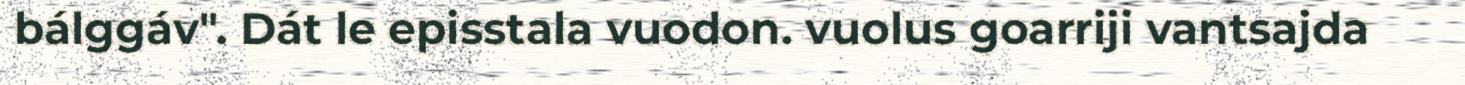
bálggáv". Dát le episstala vuodon. vuolus goarriji vantsajda